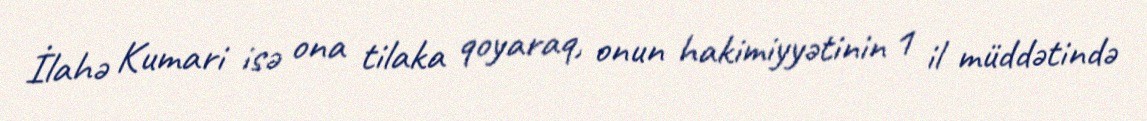
İlahə Kumari isə ona tilaka qoyaraq, onun hakimiyyətinin 1 il müddətində